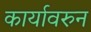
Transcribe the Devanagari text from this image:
कार्यावरुन